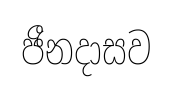
ජීනදාසව